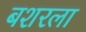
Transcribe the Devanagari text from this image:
बशरला